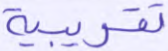
تقريبية